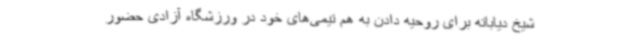
شیخ دیاباته برای روحیه دادن به هم تیمی‌های خود در ورزشگاه آزادی حضور